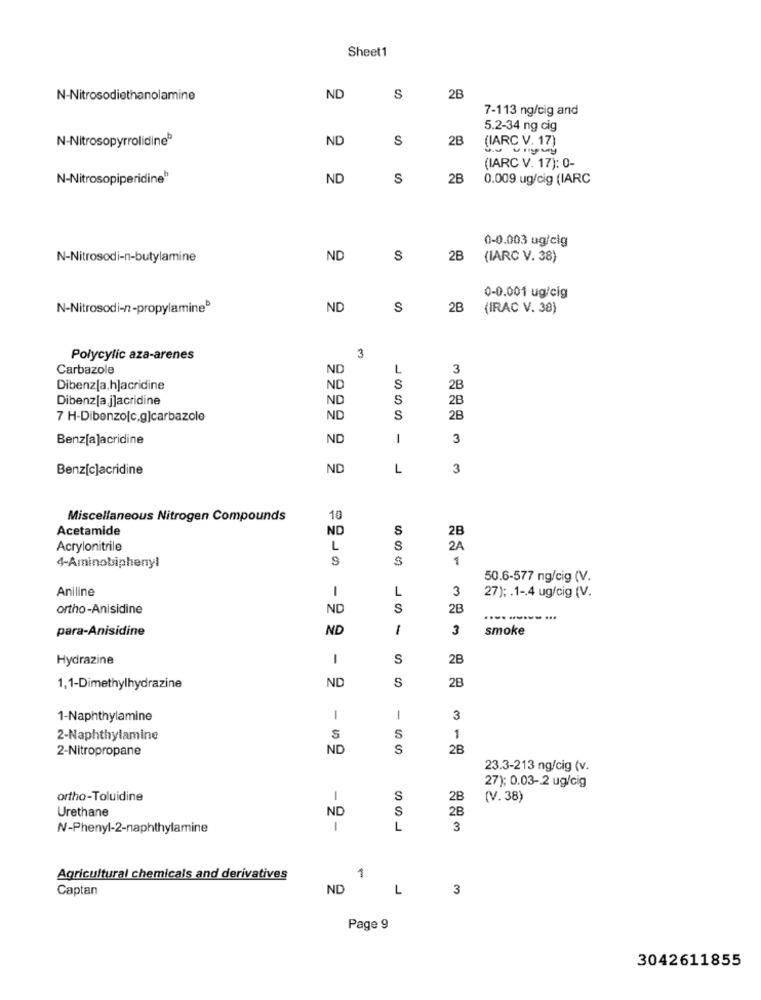
Sheet1
N-Nitrosodiethanolamine
ND
S
2B
7-113 ng/cig and
5.2-34 ng cig
N-Nitrosopyrrolidine®
ND
S
2B
CV. 17)
(IARC V. 17): 0-
N-Nitrosopiperidine"
ND
S
2B
0.009 ug/cig (IARC
0-0.003 ug/cig
N-Nitrosodi-n-butylamine
ND
2B
(IARC V. 38)
0-0.001 ug/cig
N-Nitrosodi-n-propylamine®
ND
S
2B
(IRAC V. 38)
3
Polycylic aza-arenes
Carbazole
NO
L
3
Dibenz[a,h]acridine
ND
S
2B
Dibenz[a j]acridine
ND
S
2B
7 H-Dibenzo(c.g]carbazole
ND
S
2B
Benz[a]acridine
ND
1
3
Benz[c]acridine
ND
L
3
Miscellaneous Nitrogen Compounds
10
Acetamide
ND
S
28
Acrylonitrile
L
S
2A
1
4-Aminobiphenyl
50.6-577 ng/cig (V.
Aniline
L
3
27); . 1-4 ug/cig (V.
ortho-Anisidine
ND
S
28
para-Anisidine
ND
1
3
smoke
Hydrazine
-
S
28
ND
S
2B
1,1-Dimethylhydrazine
1-Naphthylamine
1
1
3
2-Naphthylamine
S
S
1
2-Nitropropane
ND
S
2B
23.3-213 ng/cig (v.
27); 0.03- 2 ug/cig
ortho-Toluidine
S
2B
(V. 38)
Urethane
ND
S
2B
N-Phenyl-2-naphthylamine
1
L
3
Agricultural chemicals and derivatives
1
Captan
ND
L
3
Page 9
3042611855